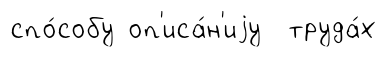
спо́собу оп'иса́н'иjу труда́х